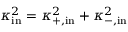
\kappa _ { \mathrm { i n } } ^ { 2 } = \kappa _ { + , \mathrm { i n } } ^ { 2 } + \kappa _ { - , \mathrm { i n } } ^ { 2 }